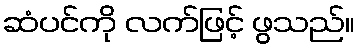
ဆံပင်ကို လက်ဖြင့် ဖွသည်။